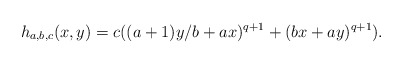
\begin{align*}h_{a,b,c}(x,y) = c ((a+1)y/b + ax)^{q+1} + (bx + ay)^{q+1}).\end{align*}